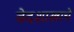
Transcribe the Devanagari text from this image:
वेदशास्त्राचे